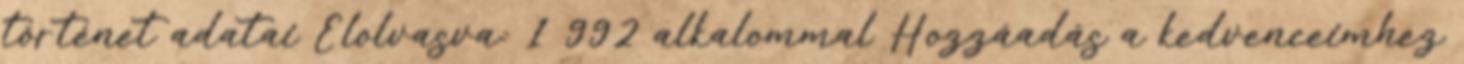
történet adatai Elolvasva: 1 992 alkalommal Hozzáadás a kedvenceimhez